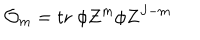
{ \cal O } _ { m } = \mathrm { t r } \; \phi Z ^ { m } \phi Z ^ { J - m }